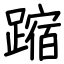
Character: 蹜